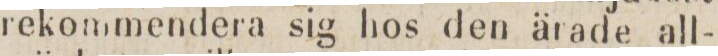
rekommendera sig hos den ärade all-